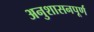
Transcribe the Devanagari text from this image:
अनुशासनपूर्ण